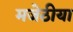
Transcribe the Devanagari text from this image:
मजेठीया